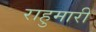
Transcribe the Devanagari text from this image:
राहुमारी